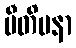
ပီတိမနာ